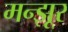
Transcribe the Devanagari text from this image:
मन्झूर